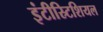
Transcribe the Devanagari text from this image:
इंटीस्र्टिशियल